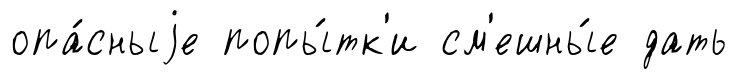
опа́сныjе попы́тк'и см'ешны́е дать